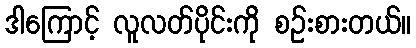
ဒါကြောင့် လူလတ်ပိုင်းကို စဉ်းစားတယ်။